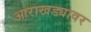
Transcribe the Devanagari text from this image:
आराखड्यावर